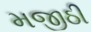
મજીઠી